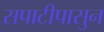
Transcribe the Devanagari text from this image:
सपाटीपासुन